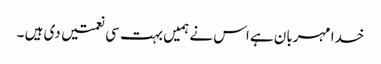
خدا مہربان ہے اس نے ہمیں بہت سی نعمتیں دی ہیں ۔